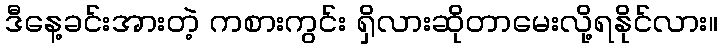
ဒီနေ့ခင်းအားတဲ့ ကစားကွင်း ရှိလားဆိုတာမေးလို့ရနိုင်လား။